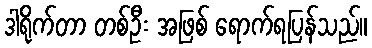
ဒါရိုက်တာ တစ်ဦး အဖြစ် ရောက်ရပြန်သည်။